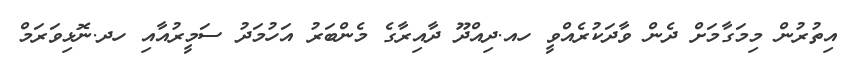
އިތުރުން މިމަގާމަށް ދެން ވާދަކުރެއްވީ ހއ.ދިއްދޫ ދާއިރާގެ މެންބަރު އަހުމަދު ސަމީރުއާއި ހދ.ނޮޅިވަރަމް